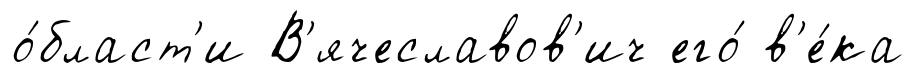
о́бласт'и В'ячеславов'ич его́ в'е́ка